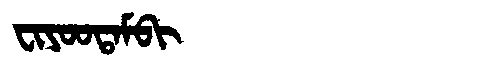
Manchu: ᠸᡳᠶᠣᠣᡨᠠᠮᠪᡳ
Romanization: FIYOOTAMBI